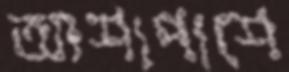
আশাপাশে